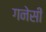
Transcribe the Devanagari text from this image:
गनेसी